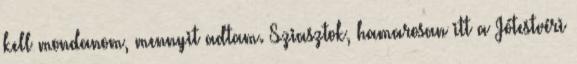
kell mondanom, mennyit adtam. Sziasztok, hamarosan itt a Jótestvéri